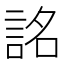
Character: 詺